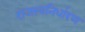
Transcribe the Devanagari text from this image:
राजस्वनिर्धारण